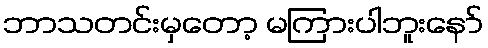
ဘာသတင်းမှတော့ မကြားပါဘူးနော်